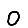
Digit: 0